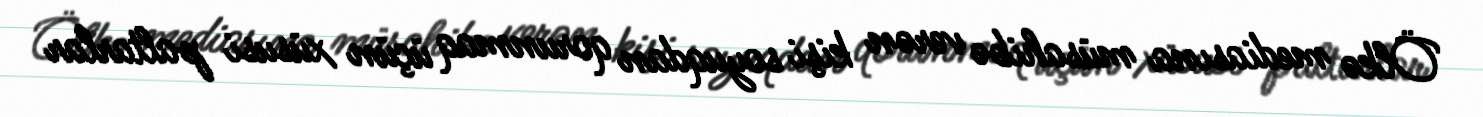
Ölkə mediasına müsahibə verən kişi soyuqdan qorunmaq üçün xüsusi paltarlar